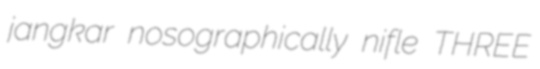
jangkar nosographically nifle THREE